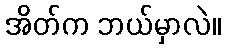
အိတ်က ဘယ်မှာလဲ။